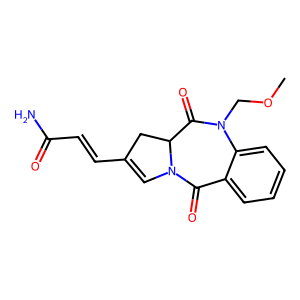
SMILES: COCN1C(=O)C2CC(C=CC(N)=O)=CN2C(=O)c2ccccc21
Inhibits HIV replication: No